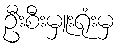
ဦးစီးမှူးရုံးမှ